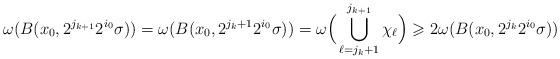
LaTeX: \begin{align*} \omega(B(x_0,2^{j_{k+1}}2^{i_0}\sigma))= \omega (B(x_0,2^{j_k+1}2^{i_0}\sigma)) = \omega\Big(\bigcup\limits_{\ell=j_{k}+1}^{j_{k+1}} \chi_\ell \Big)\geqslant 2\omega(B(x_0,2^{j_k}2^{i_0}\sigma)) \end{align*}